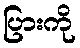
ပြားကို